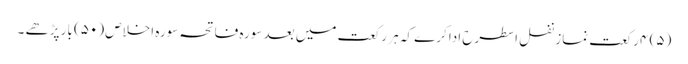
(۵) ۴ رکعت نمازِ نفل اسطرح ادا کرے کہ ہر رکعت میں بعد سورہ فاتحہ سورہ اخلاص (۵۰) بار پڑھے ۔